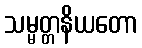
သမ္မတ္တနိယတော